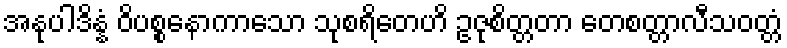
အနုပါဒိန္နံ ဝိပစ္စနောကာသော သုစရိတေဟိ ဥဇုစိတ္တတာ တေစတ္တာလီသဝတ္တံ